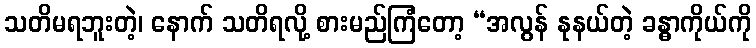
သတိမရဘူးတဲ့၊ နောက် သတိရလို့ စားမည်ကြံတော့ “အလွန် နုနယ်တဲ့ ခန္ဓာကိုယ်ကို